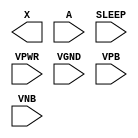
module sky130_fd_sc_lp__inputiso1p (
    X    ,
    A    ,
    SLEEP,
    VPWR ,
    VGND ,
    VPB  ,
    VNB
);

    output X    ;
    input  A    ;
    input  SLEEP;
    input  VPWR ;
    input  VGND ;
    input  VPB  ;
    input  VNB  ;
endmodule